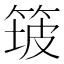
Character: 𱸅